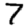
Digit: 7